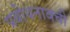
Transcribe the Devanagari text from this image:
प्रबोधनावची